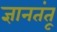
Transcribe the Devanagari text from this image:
ज्ञानतंतू